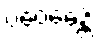
ပဝေဓေန္တိ